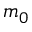
m _ { 0 }